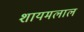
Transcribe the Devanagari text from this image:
शायमलाल